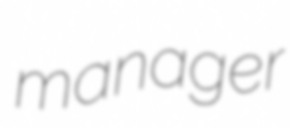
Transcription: manager